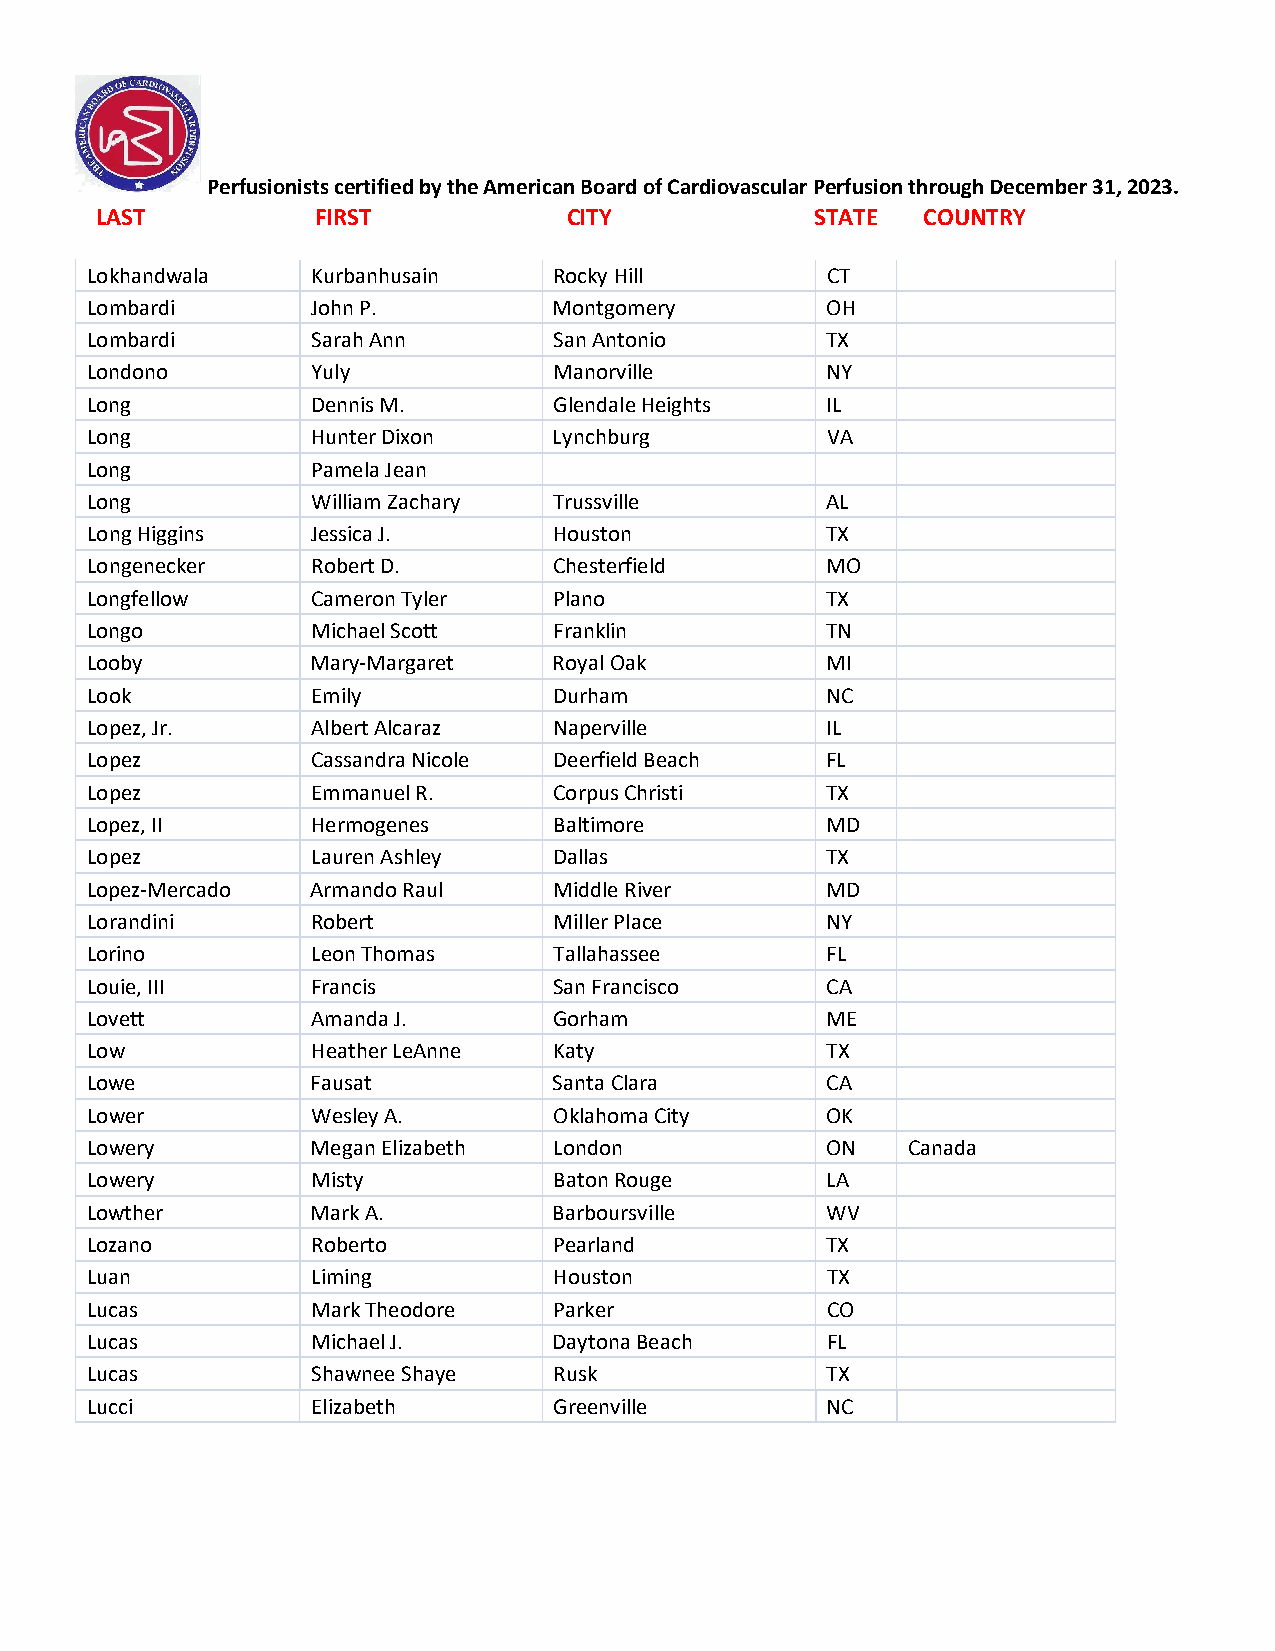
Perfusionists certified by the American Board of Cardiovascular Perfusion through December 31, 2023.
 LAST           FIRST            CITY            STATE  COUNTRY
 Lokhandwala    Kurbanhusain    Rocky Hill        CT
 Lombardi       John P.         Montgomery        OH
 Lombardi       Sarah Ann       San Antonio       TX
 Londono        Yuly            Manorville        NY
 Long           Dennis M.       Glendale Heights  IL
 Long           Hunter Dixon    Lynchburg         VA
 Long           Pamela Jean
 Long           William Zachary Trussville        AL
 Long Higgins   Jessica J.      Houston           TX
 Longenecker    Robert D.       Chesterfield      MO
 Longfellow     Cameron Tyler   Plano             TX
 Longo          Michael Scott   Franklin          TN
 Looby          Mary-Margaret   Royal Oak         MI
 Look           Emily           Durham            NC
 Lopez, Jr.     Albert Alcaraz  Naperville        IL
 Lopez          Cassandra Nicole Deerfield Beach  FL
 Lopez          Emmanuel R.     Corpus Christi    TX
 Lopez, II      Hermogenes      Baltimore         MD
 Lopez          Lauren Ashley   Dallas            TX
 Lopez-Mercado  Armando Raul    Middle River      MD
 Lorandini      Robert          Miller Place      NY
 Lorino         Leon Thomas     Tallahassee       FL
 Louie, III     Francis         San Francisco     CA
 Lovett         Amanda J.       Gorham            ME
 Low            Heather LeAnne  Katy              TX
 Lowe           Fausat          Santa Clara       CA
 Lower          Wesley A.       Oklahoma City     OK
 Lowery         Megan Elizabeth London            ON   Canada
 Lowery         Misty           Baton Rouge       LA
 Lowther        Mark A.         Barboursville     WV
 Lozano         Roberto         Pearland          TX
 Luan           Liming          Houston           TX
 Lucas          Mark Theodore   Parker            CO
 Lucas          Michael J.      Daytona Beach     FL
 Lucas          Shawnee Shaye   Rusk              TX
 Lucci          Elizabeth       Greenville        NC